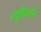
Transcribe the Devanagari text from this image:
राष्ट्रीयतेने